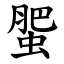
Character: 蜰